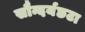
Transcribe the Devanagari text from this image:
सौन्दर्यछटा